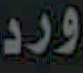
ورد